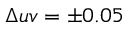
\Delta u v = \pm 0 . 0 5